Civil Veterinary Department. Madras. Admin. report 1910-25 - 1910-1925
Year: 1910
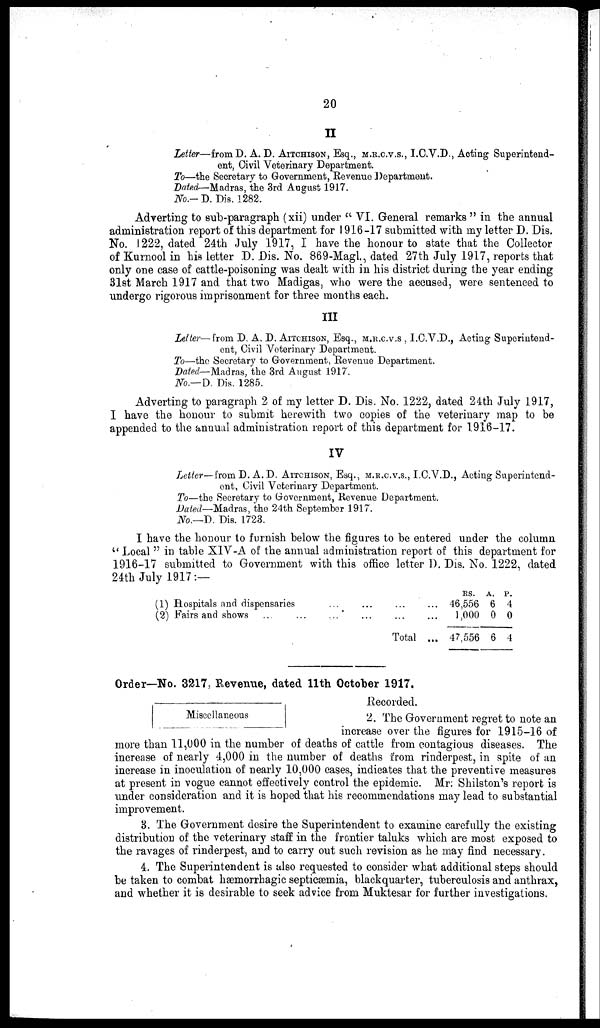
20
II
Letter—from D. A. D. AITCHISON, Esq., M.R.C.V.S., I.C.V.D., Acting Superintend-
ent, Civil Veterinary Department.
To—the Secretary to Government, Revenue Department.
Dated—Madras, the 3rd August 1917.
No.- D. Dis. 1282.
Adverting to sub-paragraph (xii) under " VI. General remarks " in the annual
administration report of this department for 1916-17 submitted with my letter D. Dis.
No. 1222, dated 24th July 1917, I have the honour to state that the Collector
of Kurnool in his letter D. Dis. No. 869-Magl., dated 27th July 1917, reports that
only one case of cattle-poisoning was dealt with in his district during the year ending
31st March 1917 and that two Madigas, who were the accused, were sentenced to
undergo rigorous imprisonment for three months each.
III
Letter— from D. A. D. AITCHISON, Esq., M.R.C.V.S , I.C.V.D., Acting Superintend-
ent, Civil Veterinary Department.
To—the Secretary to Government, Revenue Department.
Dated— Madras, the 3rd August 1917.
No.—D. Dis. 1285.
Adverting to paragraph 2 of my letter D. Dis. No. 1222, dated 24th July 1917,
I have the honour to submit herewith two copies of the veterinary map to be
appended to the annual administration report of this department for 1916-17.
IV
Letter—from D. A. D. AITCHISON, Esq., M.R.C.V.S., I.C.V.D., Acting Superintend-
ent, Civil Veterinary Department.
To—the Secretary to Government, Revenue Department.
Dated—Madras, the 24th September 1917.
No.—D. Dis. 1723.
I have the honour to furnish below the figures to be entered under the column
"Local " in table XIV-A of the annual administration report of this department for
1916-17 submitted to Government with this office letter D. Dis. No. 1222, dated
24th July 1917:—
(1) Hospitals and dispensaries ...
(2) Fairs and shows
...
...
...
... ... ...
... ... ...
Total ...
RS.
46,556
1,000
47,556
A.
6
0
6
P.
4
0
4
Order—No. 3217, Revenue, dated 11th October 1917.
Miscellaneous
Recorded.
2. The Government regret to note an
increase over the figures for 1915-16 of
more than 11,000 in the number of deaths of cattle from contagious diseases. The
increase of nearly 4,000 in the number of deaths from rinderpest, in spite of an
increase in inoculation of nearly 10,000 cases, indicates that the preventive measures
at present in vogue cannot effectively control the epidemic. Mr. Shilston's report is
under consideration and it is hoped that his recommendations may lead to substantial
improvement.
3. The Government desire the Superintendent to examine carefully the existing
distribution of the veterinary staff in the frontier taluks which are most exposed to
the ravages of rinderpest, and to carry out such revision as he may find necessary.
4. The Superintendent is also requested to consider what additional steps should
be taken to combat hæmorrhagic septicæmia, blackquarter, tuberculosis and anthrax,
and whether it is desirable to seek advice from Muktesar for further investigations.